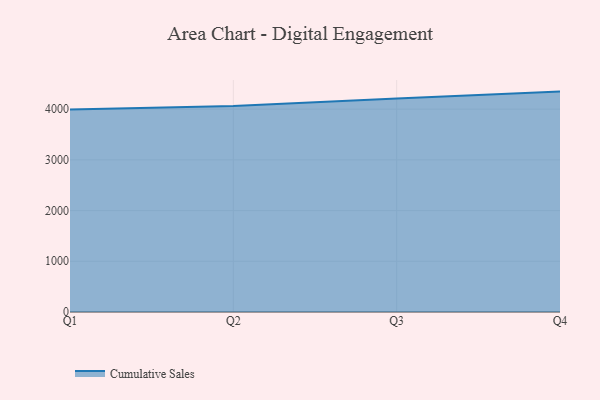
{"axis": {"x": "Quarter", "y": "Humidity (%)"}, "legend": ["Cumulative Sales"], "data": [{"x": "Q1", "y": 3992.0, "type": "Cumulative Sales"}, {"x": "Q2", "y": 4062.5, "type": "Cumulative Sales"}, {"x": "Q3", "y": 4210.5, "type": "Cumulative Sales"}, {"x": "Q4", "y": 4346.2, "type": "Cumulative Sales"}]}